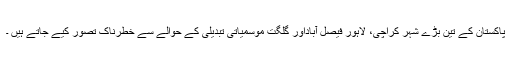
پاکستان کے تین بڑے شہر کراچی، لاہور فیصل آباداور گلگت موسمیاتی تبدیلی کے حوالے سے خطرناک تصور کیے جاتے ہیں ۔